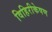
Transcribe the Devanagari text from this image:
विहिरीकेषण